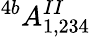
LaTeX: ^{4b}A_{1,234}^{II}